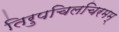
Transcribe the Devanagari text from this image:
तिरुपचिलचिरमम्